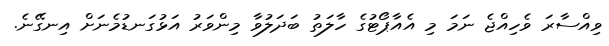
ވިއްސާރަ ވެހިއްޖެ ނަމަ މި އެއާޕޯޓުގެ ހާލަތު ބަދަލުވާ މިންވަރު އަޅުގަނޑުމެނަށް އިނގޭނެ.